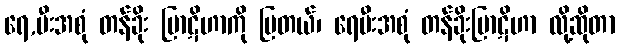
ရေ,မီးအစုံ တန်ခိုး ပြာဋိဟာကို ပြတယ်၊ ရေမီးအစုံ တန်ခိုးပြာဋိဟာ လို့ဆိုတာ